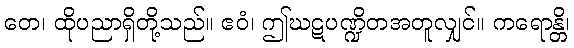
တေ၊ ထိုပညာရှိတို့သည်။ ဧဝံ၊ ဤဃဋပဏ္ဍိတအတူလျှင်။ ကရောန္တိ၊